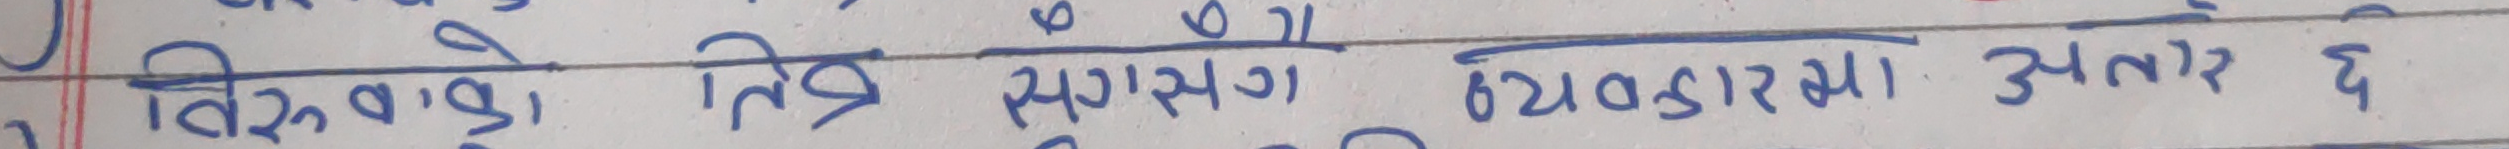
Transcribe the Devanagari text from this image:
विश्वको, स्थिर ससागत व्यवहरमा अन्तर छ।